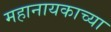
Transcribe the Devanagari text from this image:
महानायकाच्या